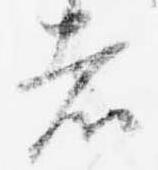
者